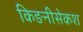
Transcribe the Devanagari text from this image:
किङनीसेकश